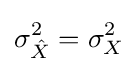
\sigma _{\hat {X}}^{2}=\sigma _{X}^{2}